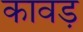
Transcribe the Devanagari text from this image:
कावड़